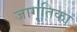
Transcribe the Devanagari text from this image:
जागृतिका